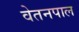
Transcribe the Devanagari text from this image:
वेतनपाल